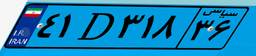
۴۱D۳۱۸۳۶